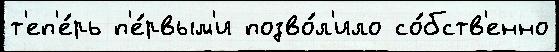
т'еп'е́рь п'е́рвым'и позво́л'ило со́бств'енно